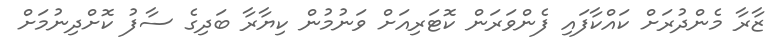
ޒާރާ މެންދުރަށް ކައްކާފައި ފެންވަރަން ކޮޓަރިއަށް ވަނުމުން ކިޔާރާ ބަދިގެ ސާފު ކޮށްދިނުމަށް